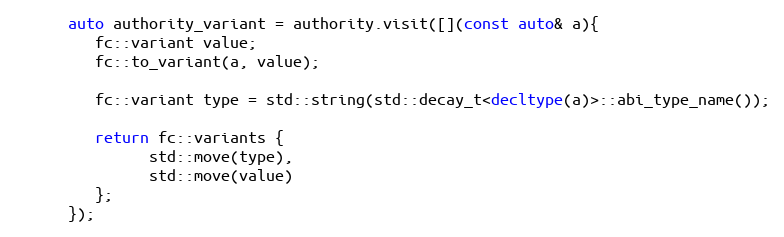
Language: C++
      auto authority_variant = authority.visit([](const auto& a){
         fc::variant value;
         fc::to_variant(a, value);

         fc::variant type = std::string(std::decay_t<decltype(a)>::abi_type_name());

         return fc::variants {
               std::move(type),
               std::move(value)
         };
      });